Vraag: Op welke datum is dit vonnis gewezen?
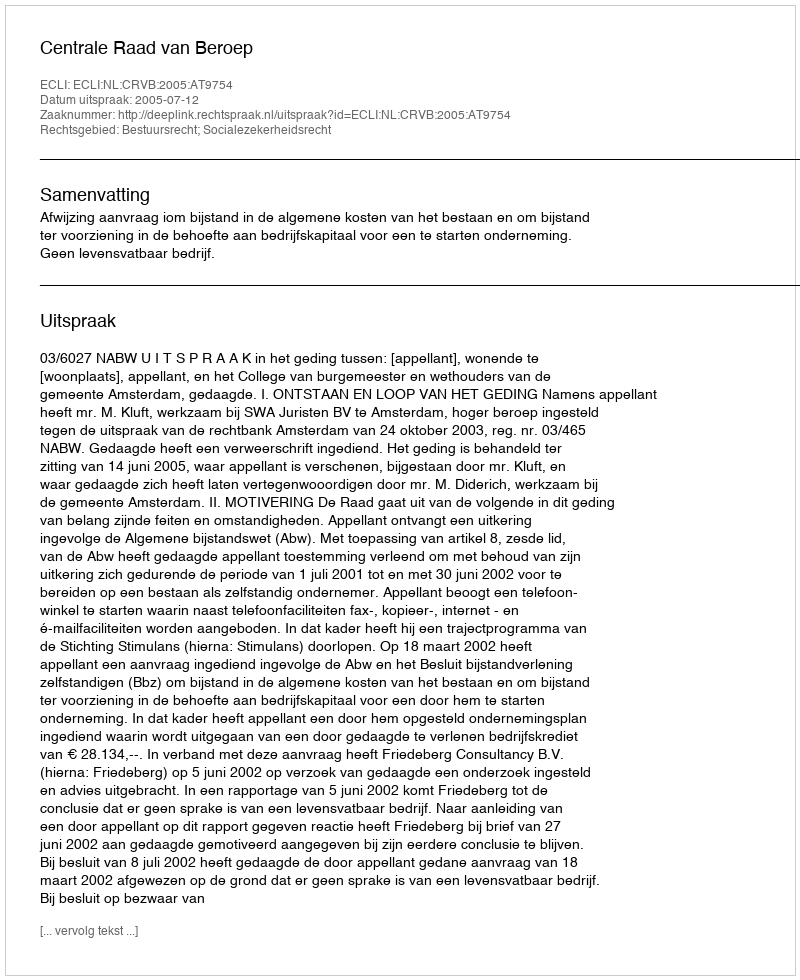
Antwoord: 2005-07-12